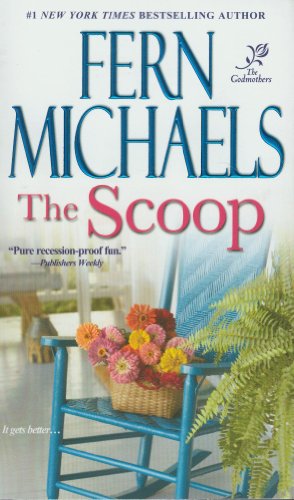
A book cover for The Scoop (The Godmothers #1); Fern Michaels; Literature & Fiction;